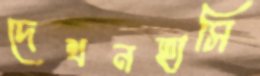
দেখনহাসি